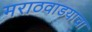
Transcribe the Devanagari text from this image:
मराठवाडयाचा